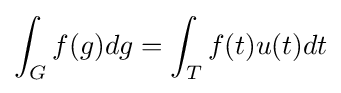
\int _{G}f(g)dg=\int _{T}f(t)u(t)dt